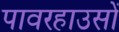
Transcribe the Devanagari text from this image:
पावरहाउसों